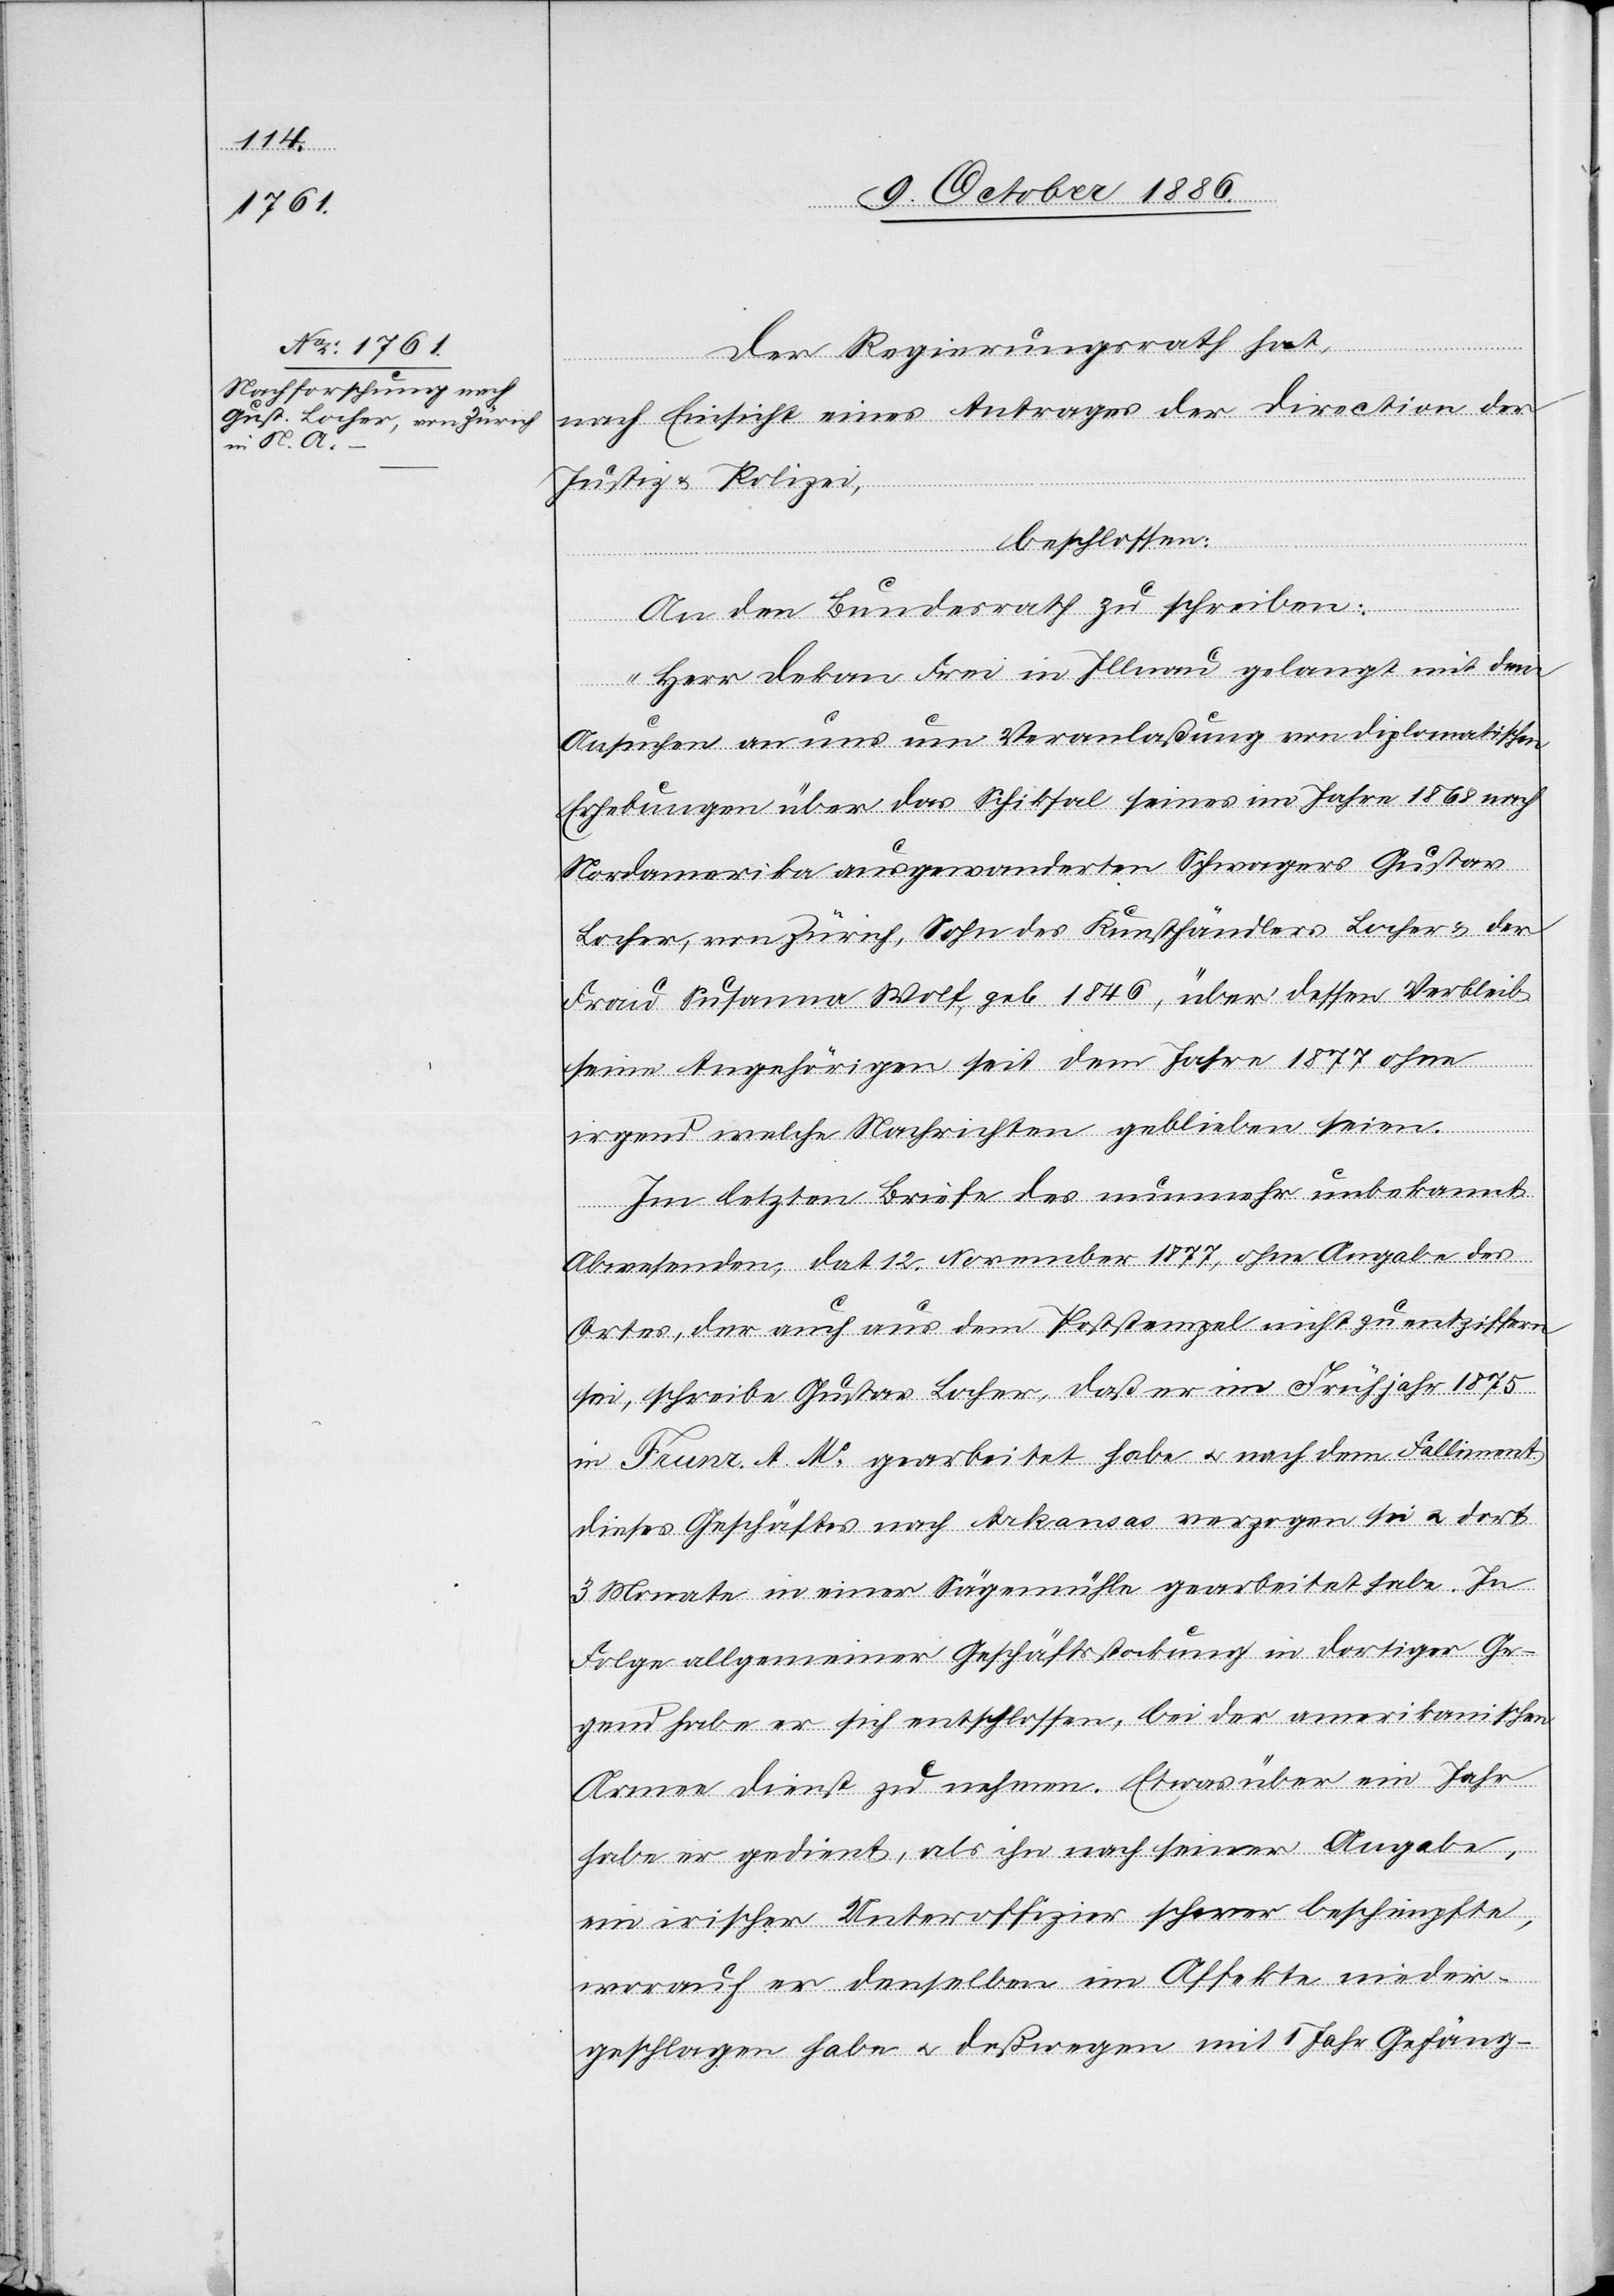
Der Regierungsrath hat,
nach Einsicht eines Antrages der Direction der
Justiz & Polizei,
beschlossen:
An den Bundesrath zu schreiben:
„Herr Dekan Frei in Illnau gelangt mit dem
Ansuchen an uns um Veranlaßung von diplomatischen
Erhebungen über das Schi[c]ksal seines im Jahre 1868 nach
Nordamerika ausgewanderten Schwagers Gustav
Locher, von Zürich, Sohn des Kunsthändlers Lochers & der
Frau Susanne Wolf, geb. 1846, über dessen Verbleib
seine Angehörigen seit dem Jahre 1877 ohne
irgend welche Nachrichten geblieben seien.
Im letzten Briefe des nunmehr unbekannt
Abwesenden, dat. 12. November 1877, ohne Angabe des
Ortes, der auch aus dem Poststempel nicht zu entziffern
sei, schreibe Gustav Locher, daß er im Frühjahr 1875
in Franz. A. N. gearbeitet habe & nach dem Falliment
dieses Geschäftes nach Arkansas verzogen sei & dort
3 Monate in einer Sägemühle gearbeitet habe. In
Folge allgemeiner Geschäftsstockung in dortiger Ge¬
gend habe er sich entschlossen, bei der amerikanischen
Armee Dienst zu nehmen. Etwas über ein Jahr
habe er gedient, als ihn nach seiner Angabe,
ein irischer Unteroffizier schwer beschimpfte,
worauf er denselben im Affekte nieder¬
geschlagen habe & deßwegen mit 1 Jahr Gefäng-